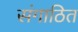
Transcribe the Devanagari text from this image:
संगाठित